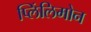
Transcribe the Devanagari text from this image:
प्लिंलिमोन